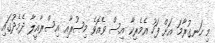
މި ހަނގުރާމަ އަށް ފަހު އެމެރިކާ އިސް ވެއޮވެ މިޞުރާއި އިސްރާއީލާ ދެމެދުގައި